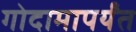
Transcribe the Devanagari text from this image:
गोदामापर्यंत